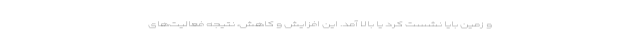
و زمین بایا نشست کرد یا بالا آمد. این افزایش و کاهش، نتیجه فعالیت‌های